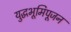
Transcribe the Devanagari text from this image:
युद्धभूमिपूजन